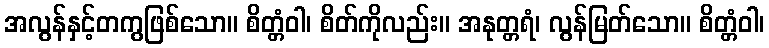
အလွန်နှင့်တကွဖြစ်သော။ စိတ္တံဝါ၊ စိတ်ကိုလည်း။ အနုတ္တရံ၊ လွန်မြတ်သော။ စိတ္တံဝါ၊